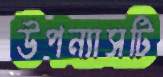
উপন্যাসটি